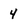
Character: 4